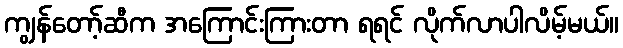
ကျွန်တော့်ဆီက အကြောင်းကြားတာ ရရင် လိုက်လာပါလိမ့်မယ်။